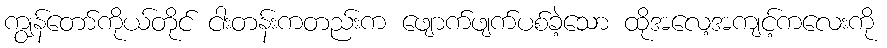
ကျွန်တော်ကိုယ်တိုင် ငါးတန်းကတည်းက ဖျောက်ဖျက်ပစ်ခဲ့သော ထိုအလေ့အကျင့်ကလေးကို